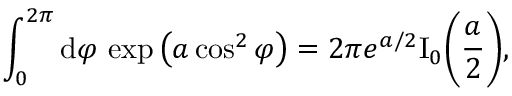
\int _ { 0 } ^ { 2 \pi } \mathrm { d } \varphi \, \exp \big ( a \cos ^ { 2 } \varphi \big ) = 2 \pi e ^ { a / 2 } \mathrm { I } _ { 0 } \bigg ( \frac { a } { 2 } \bigg ) ,